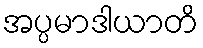
အပ္ပမာဒါယာတိ